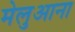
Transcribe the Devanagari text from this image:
मेलुआना